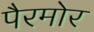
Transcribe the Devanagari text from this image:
पैरमोर